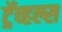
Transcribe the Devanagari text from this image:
ट्रॅव्हल्स